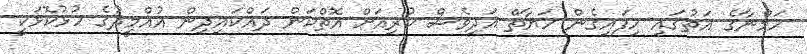
ހަމްނާގެ އަތުގައި ހިފައިގެން ހަޔާތް އަދިވެސް ކުރިއަށް އޮތްކަން ދައްކައިދިން އުއްމީދުގެ ހުޅުކޮޅަކީ